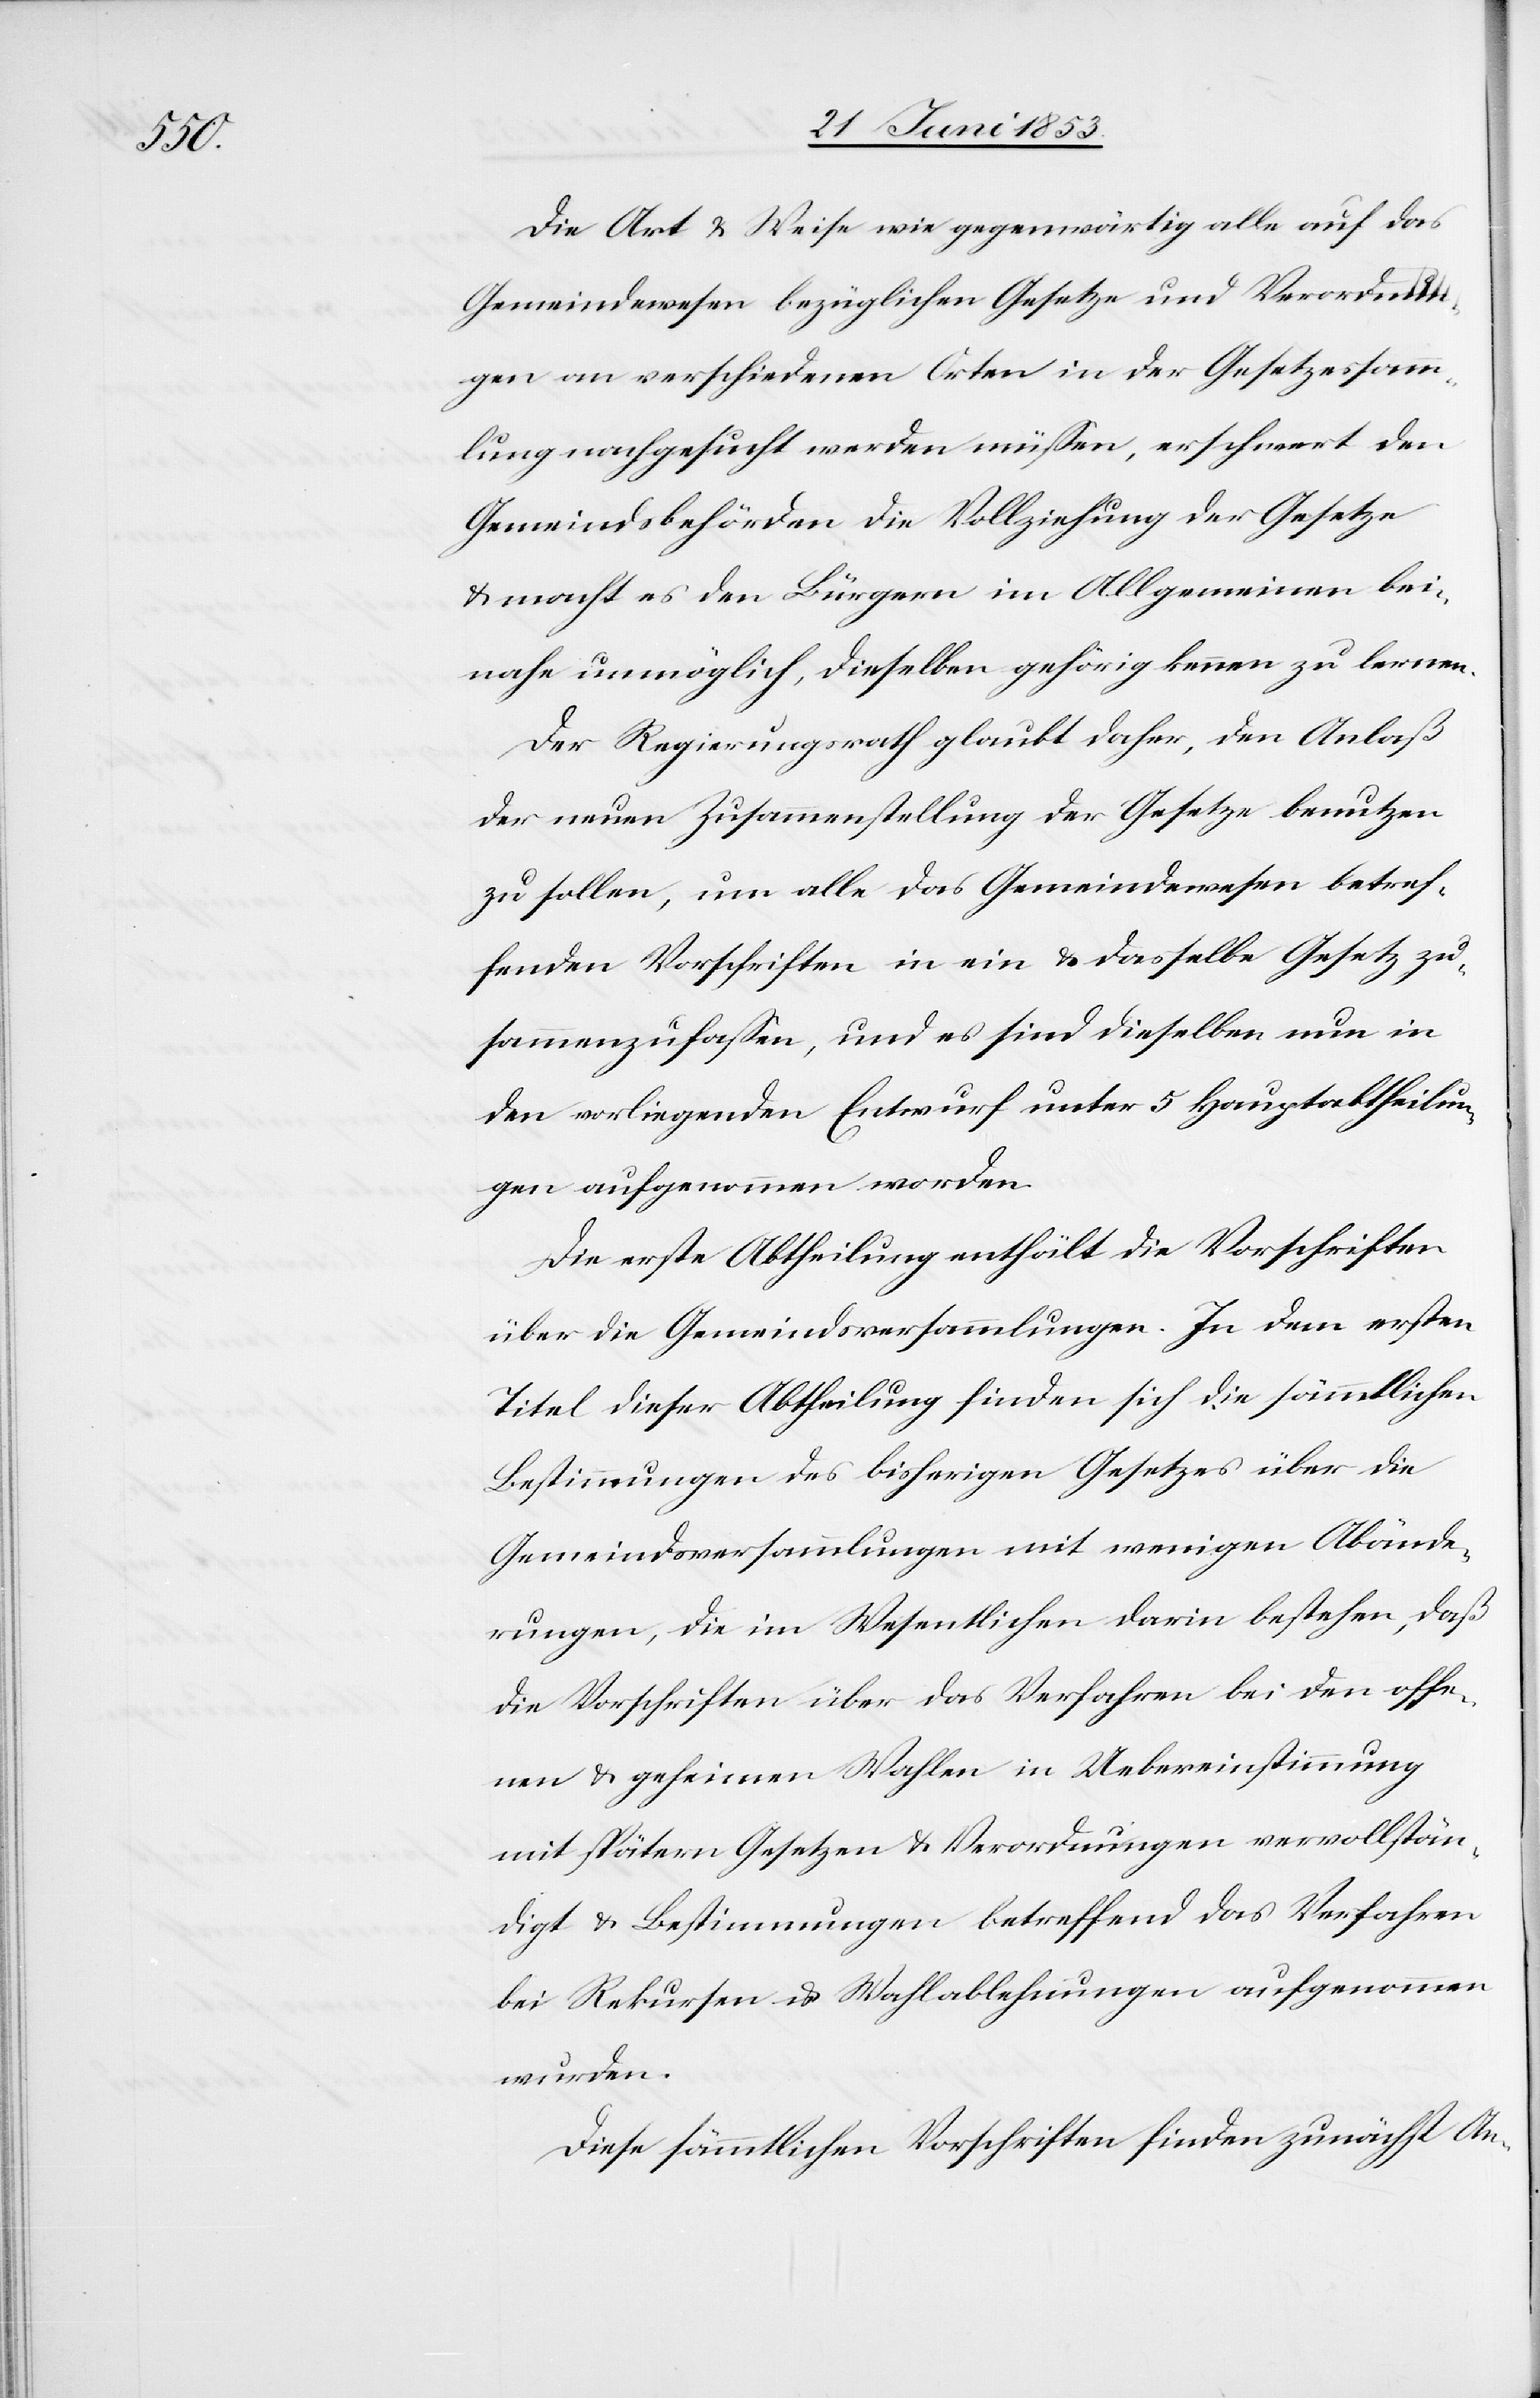
Die Art u. Weise wie gegenwärtig alle auf das
Gemeindewesen bezüglichen Gesetze und Verordnun¬
gen an verschiedenen Orten in der Gesetzessamm¬
lung nachgesucht werden müßen, erschwert den
Gemeindsbehörden die Vollziehung der Gesetze
u. macht es den Bürgern im Allgemeinen bei¬
nahe unmöglich, dieselben gehörig kennen zu lernen.
Der Regierungsrath glaubt daher, den Anlaß
der neuen Zusammenstellung der Gesetze benutzen
zu sollen, um alle das Gemeindewesen betref¬
fenden Vorschriften in ein u. dasselbe Gesetz zu¬
sammenzufaßen, und es sind dieselben nun in
dem vorliegenden Entwurf unter 5 Hauptabtheilun¬
gen aufgenommen worden.
Die erste Abtheilung enthält die Vorschriften
über die Gemeindsversammlungen. In dem ersten
Titel dieser Abtheilung finden sich die sämmtlichen
Bestimmungen des bisherigen Gesetzes über die
Gemeindsversammlungen mit wenigen Abände¬
rungen, die im Wesentlichen darin bestehen, daß
die Vorschriften über das Verfahren bei den offe¬
nen u. geheimen Wahlen in Uebereinstimmung
mit spätern Gesetzen u. Verordnungen vervollstän¬
digt u. Bestimmungen betreffend das Verfahren
bei Rekursen u. Wahlablehnungen aufgenommen
wurden.
Diese sämmtlichen Vorschriften finden zunächst An-